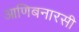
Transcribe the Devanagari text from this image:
आणिबनारसी